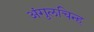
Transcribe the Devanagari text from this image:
अंगुलचिन्ह